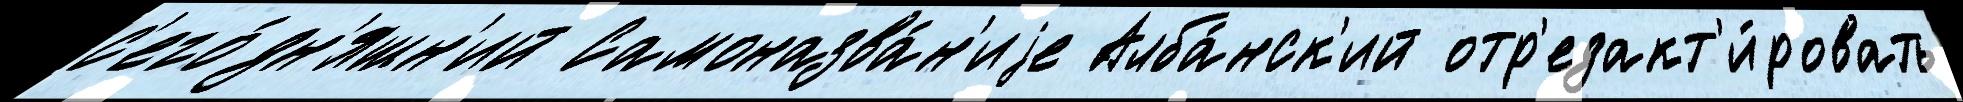
с'его́дн'яшн'ий Самоназва́н'иjе Алба́нск'ий отр'едакт'и́ровать